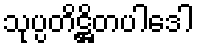
သုပ္ပတိဋ္ဌိတပါဒေါ